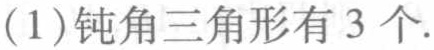
(1)钝角三角形有3个.